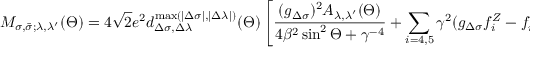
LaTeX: { \cal M } _ { \sigma , \bar { \sigma } ; \lambda , \lambda ^ { \prime } } ( \Theta ) = 4 \sqrt { 2 } \: e ^ { 2 } \: \: d _ { \Delta \sigma , \Delta \lambda } ^ { \mathrm { m a x } ( | \Delta \sigma | , | \Delta \lambda | ) } ( \Theta ) \left[ { \frac { ( g _ { \Delta \sigma } ) ^ { 2 } { A } _ { \lambda , \lambda ^ { \prime } } ( \Theta ) } { 4 \beta ^ { 2 } \sin ^ { 2 } \Theta + \gamma ^ { - 4 } } } + \sum _ { i = 4 , 5 } \gamma ^ { 2 } ( g _ { \Delta \sigma } f _ { i } ^ { Z } - f _ { i } ^ { \gamma } ) { A } _ { \lambda , \lambda ^ { \prime } } ^ { ( i ) } \right] \; .